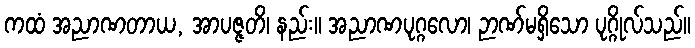
ကထံ အညာဏတာယ, အာပဇ္ဇတိ၊ နည်း။ အညာဏပုဂ္ဂလော၊ ဉာဏ်မရှိသော ပုဂ္ဂိုလ်သည်။